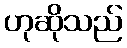
ဟုဆိုသည်